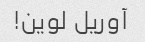
آوریل لوین!